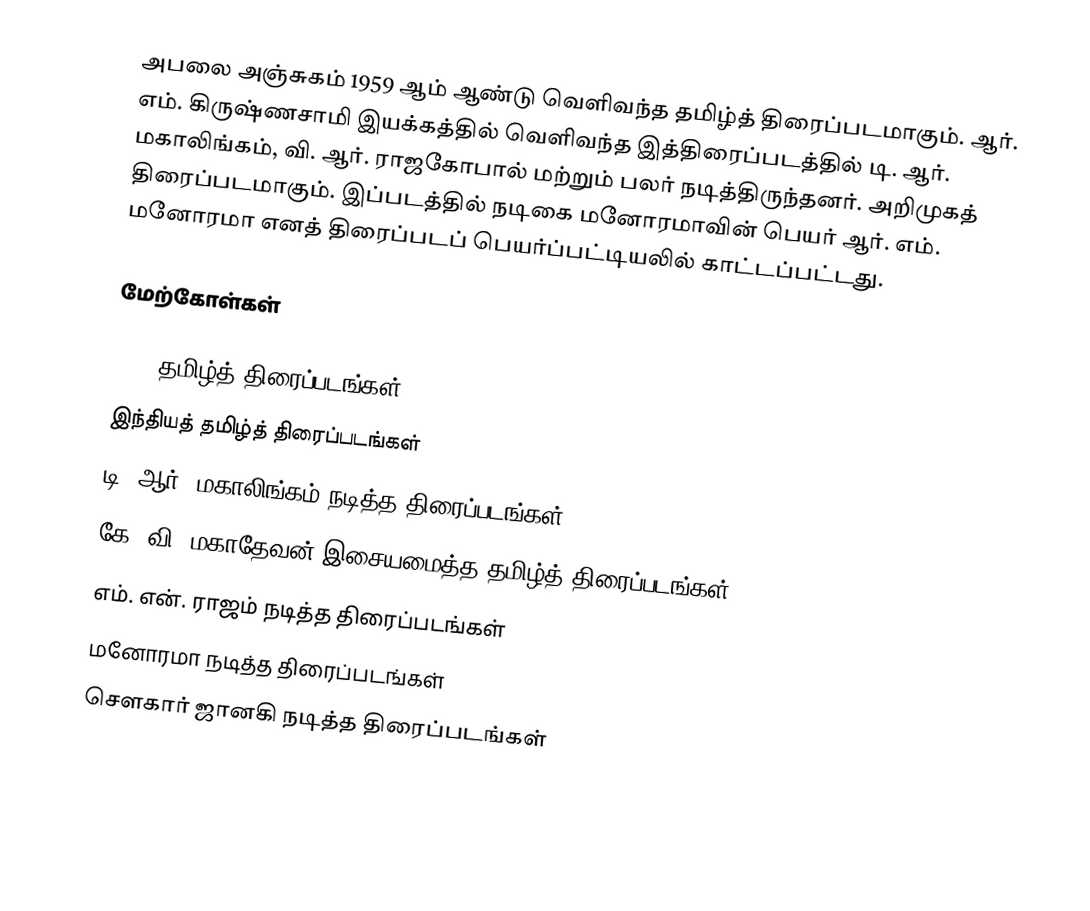
அபலை அஞ்சுகம் 1959 ஆம் ஆண்டு வெளிவந்த தமிழ்த் திரைப்படமாகும். ஆர். எம். கிருஷ்ணசாமி இயக்கத்தில் வெளிவந்த இத்திரைப்படத்தில் டி. ஆர். மகாலிங்கம், வி. ஆர். ராஜகோபால் மற்றும் பலர் நடித்திருந்தனர்.  அறிமுகத் திரைப்படமாகும். இப்படத்தில் நடிகை மனோரமாவின் பெயர் ஆர். எம். மனோரமா எனத் திரைப்படப் பெயர்ப்பட்டியலில் காட்டப்பட்டது.

மேற்கோள்கள்

1959 தமிழ்த் திரைப்படங்கள்
இந்தியத் தமிழ்த் திரைப்படங்கள்
டி. ஆர். மகாலிங்கம் நடித்த திரைப்படங்கள்
கே. வி. மகாதேவன் இசையமைத்த தமிழ்த் திரைப்படங்கள்
எம். என். ராஜம் நடித்த திரைப்படங்கள்
மனோரமா நடித்த திரைப்படங்கள்
சௌகார் ஜானகி நடித்த திரைப்படங்கள்